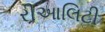
રીઆલિટી